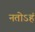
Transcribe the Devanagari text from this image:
नतोऽहं